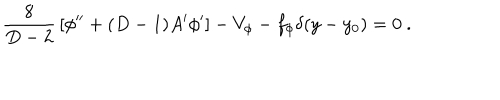
LaTeX: { \frac { 8 } { D - 2 } } \left[ \phi ^ { \prime \prime } + ( D - 1 ) A ^ { \prime } \phi ^ { \prime } \right] - V _ { \phi } - f _ { \phi } \delta ( y - y _ { 0 } ) = 0 ~ .